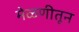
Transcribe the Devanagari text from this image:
मेळणीतून